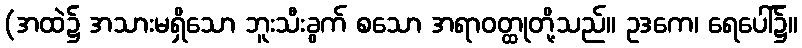
(အထဲ၌ အသားမရှိသော ဘူးသီးခွက် စသော အရာဝတ္ထုတို့သည်။ ဥဒကေ၊ ရေပေါ်၌။